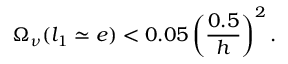
\Omega _ { \nu } ( l _ { 1 } \simeq e ) < 0 . 0 5 \left( { \frac { 0 . 5 } { h } } \right) ^ { 2 } .